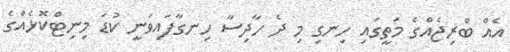
އެއް ބްރިޖެއްގެ މަތީގައި ހިނގި މި ދެ ހާދިސާ ހިނގާފައިވަނީ ކުޑަ މިނިޓްކޮޅެއްގެ